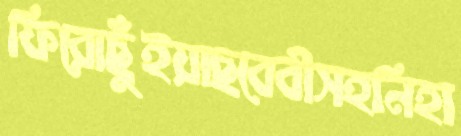
ফিরোছুঁইয়াছবেবীসহনিহা